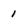
Character: 1